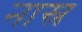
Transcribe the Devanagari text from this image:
नास्र